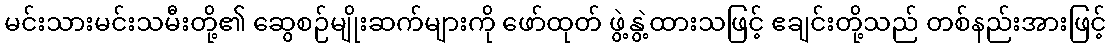
မင်းသားမင်းသမီးတို့၏ ဆွေစဉ်မျိုးဆက်များကို ဖော်ထုတ် ဖွဲ့နွဲ့ထားသဖြင့် ဧချင်းတို့သည် တစ်နည်းအားဖြင့်